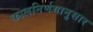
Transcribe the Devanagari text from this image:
कालनिर्णयानुसार